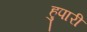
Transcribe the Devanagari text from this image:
हुपारी